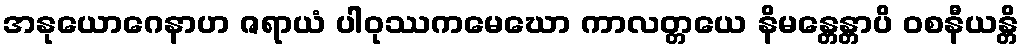
အနုယောဂေနာဟ ဇရာယံ ပါဝုဿကမေဃော ကာလတ္တယေ နိမန္တေန္တာပိ ဝစနီယန္တိ